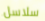
سلاسل